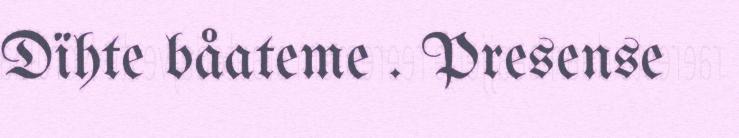
Dïhte båateme . Presense